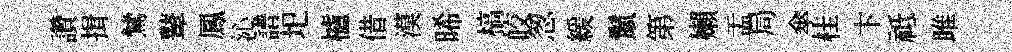
讚揖鷥鼙鳳沁譜圯櫨借漠晞槁皎怱緩鬛第嬾盂局傘桂卞祗雎